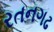
રતનગઢ